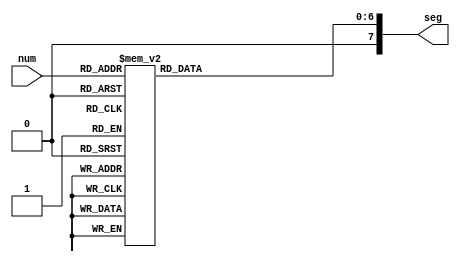
module Seg7(
	input 		[3:0] num, 
	output 		[0:7] seg
	);
	
reg [6:0] oSEG;

always @(num) begin
	case (num)
		4'h1: oSEG = 7'b1111001;  // ----0----
		4'h2: oSEG = 7'b0100100;  // |       |
		4'h3: oSEG = 7'b0110000;  // 5       1
		4'h4: oSEG = 7'b0011001;  // |       |
		4'h5: oSEG = 7'b0010010;  // ----6----
		4'h6: oSEG = 7'b0000010;  // |       |
		4'h7: oSEG = 7'b1111000;  // 4       2
		4'h8: oSEG = 7'b0000000;  // |       |
		4'h9: oSEG = 7'b0011000;  // ----3----
		4'ha: oSEG = 7'b0001000;
		4'hb: oSEG = 7'b0000011;
		4'hc: oSEG = 7'b1000110;
		4'hd: oSEG = 7'b0100001;
		4'he: oSEG = 7'b0000110;
		//4'hf: oSEG = 7'b0001110;
		4'h0: oSEG = 7'b1000000;
		default: oSEG = 7'b1111111;
	endcase
end

assign seg = oSEG;
	
endmodule